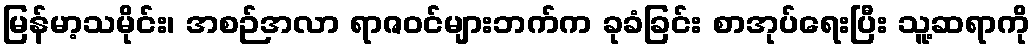
မြန်မာ့သမိုင်း၊ အစဉ်အလာ ရာဇဝင်များဘက်က ခုခံခြင်း စာအုပ်ရေးပြီး သူ့ဆရာကို